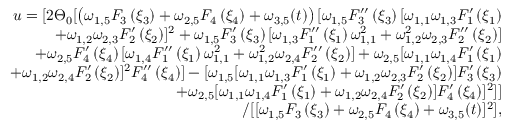
\begin{array} { r l r } & { } & { u = [ 2 \Theta _ { 0 } [ \left( \omega _ { 1 , 5 } F _ { 3 } \left( \xi _ { 3 } \right) + \omega _ { 2 , 5 } F _ { 4 } \left( \xi _ { 4 } \right) + \omega _ { 3 , 5 } ( t ) \right) [ \omega _ { 1 , 5 } F _ { 3 } ^ { \prime \prime } \left( \xi _ { 3 } \right) [ \omega _ { 1 , 1 } \omega _ { 1 , 3 } F _ { 1 } ^ { \prime } \left( \xi _ { 1 } \right) } \\ & { } & { + \omega _ { 1 , 2 } \omega _ { 2 , 3 } F _ { 2 } ^ { \prime } \left( \xi _ { 2 } \right) ] ^ { 2 } + \omega _ { 1 , 5 } F _ { 3 } ^ { \prime } \left( \xi _ { 3 } \right) [ \omega _ { 1 , 3 } F _ { 1 } ^ { \prime \prime } \left( \xi _ { 1 } \right) \omega _ { 1 , 1 } ^ { 2 } + \omega _ { 1 , 2 } ^ { 2 } \omega _ { 2 , 3 } F _ { 2 } ^ { \prime \prime } \left( \xi _ { 2 } \right) ] } \\ & { } & { + \omega _ { 2 , 5 } F _ { 4 } ^ { \prime } \left( \xi _ { 4 } \right) [ \omega _ { 1 , 4 } F _ { 1 } ^ { \prime \prime } \left( \xi _ { 1 } \right) \omega _ { 1 , 1 } ^ { 2 } + \omega _ { 1 , 2 } ^ { 2 } \omega _ { 2 , 4 } F _ { 2 } ^ { \prime \prime } \left( \xi _ { 2 } \right) ] + \omega _ { 2 , 5 } [ \omega _ { 1 , 1 } \omega _ { 1 , 4 } F _ { 1 } ^ { \prime } \left( \xi _ { 1 } \right) } \\ & { } & { + \omega _ { 1 , 2 } \omega _ { 2 , 4 } F _ { 2 } ^ { \prime } \left( \xi _ { 2 } \right) ] ^ { 2 } F _ { 4 } ^ { \prime \prime } \left( \xi _ { 4 } \right) ] - [ \omega _ { 1 , 5 } [ \omega _ { 1 , 1 } \omega _ { 1 , 3 } F _ { 1 } ^ { \prime } \left( \xi _ { 1 } \right) + \omega _ { 1 , 2 } \omega _ { 2 , 3 } F _ { 2 } ^ { \prime } \left( \xi _ { 2 } \right) ] F _ { 3 } ^ { \prime } \left( \xi _ { 3 } \right) } \\ & { } & { + \omega _ { 2 , 5 } [ \omega _ { 1 , 1 } \omega _ { 1 , 4 } F _ { 1 } ^ { \prime } \left( \xi _ { 1 } \right) + \omega _ { 1 , 2 } \omega _ { 2 , 4 } F _ { 2 } ^ { \prime } \left( \xi _ { 2 } \right) ] F _ { 4 } ^ { \prime } \left( \xi _ { 4 } \right) ] ^ { 2 } ] ] } \\ & { } & { / [ [ \omega _ { 1 , 5 } F _ { 3 } \left( \xi _ { 3 } \right) + \omega _ { 2 , 5 } F _ { 4 } \left( \xi _ { 4 } \right) + \omega _ { 3 , 5 } ( t ) ] ^ { 2 } ] , } \end{array}